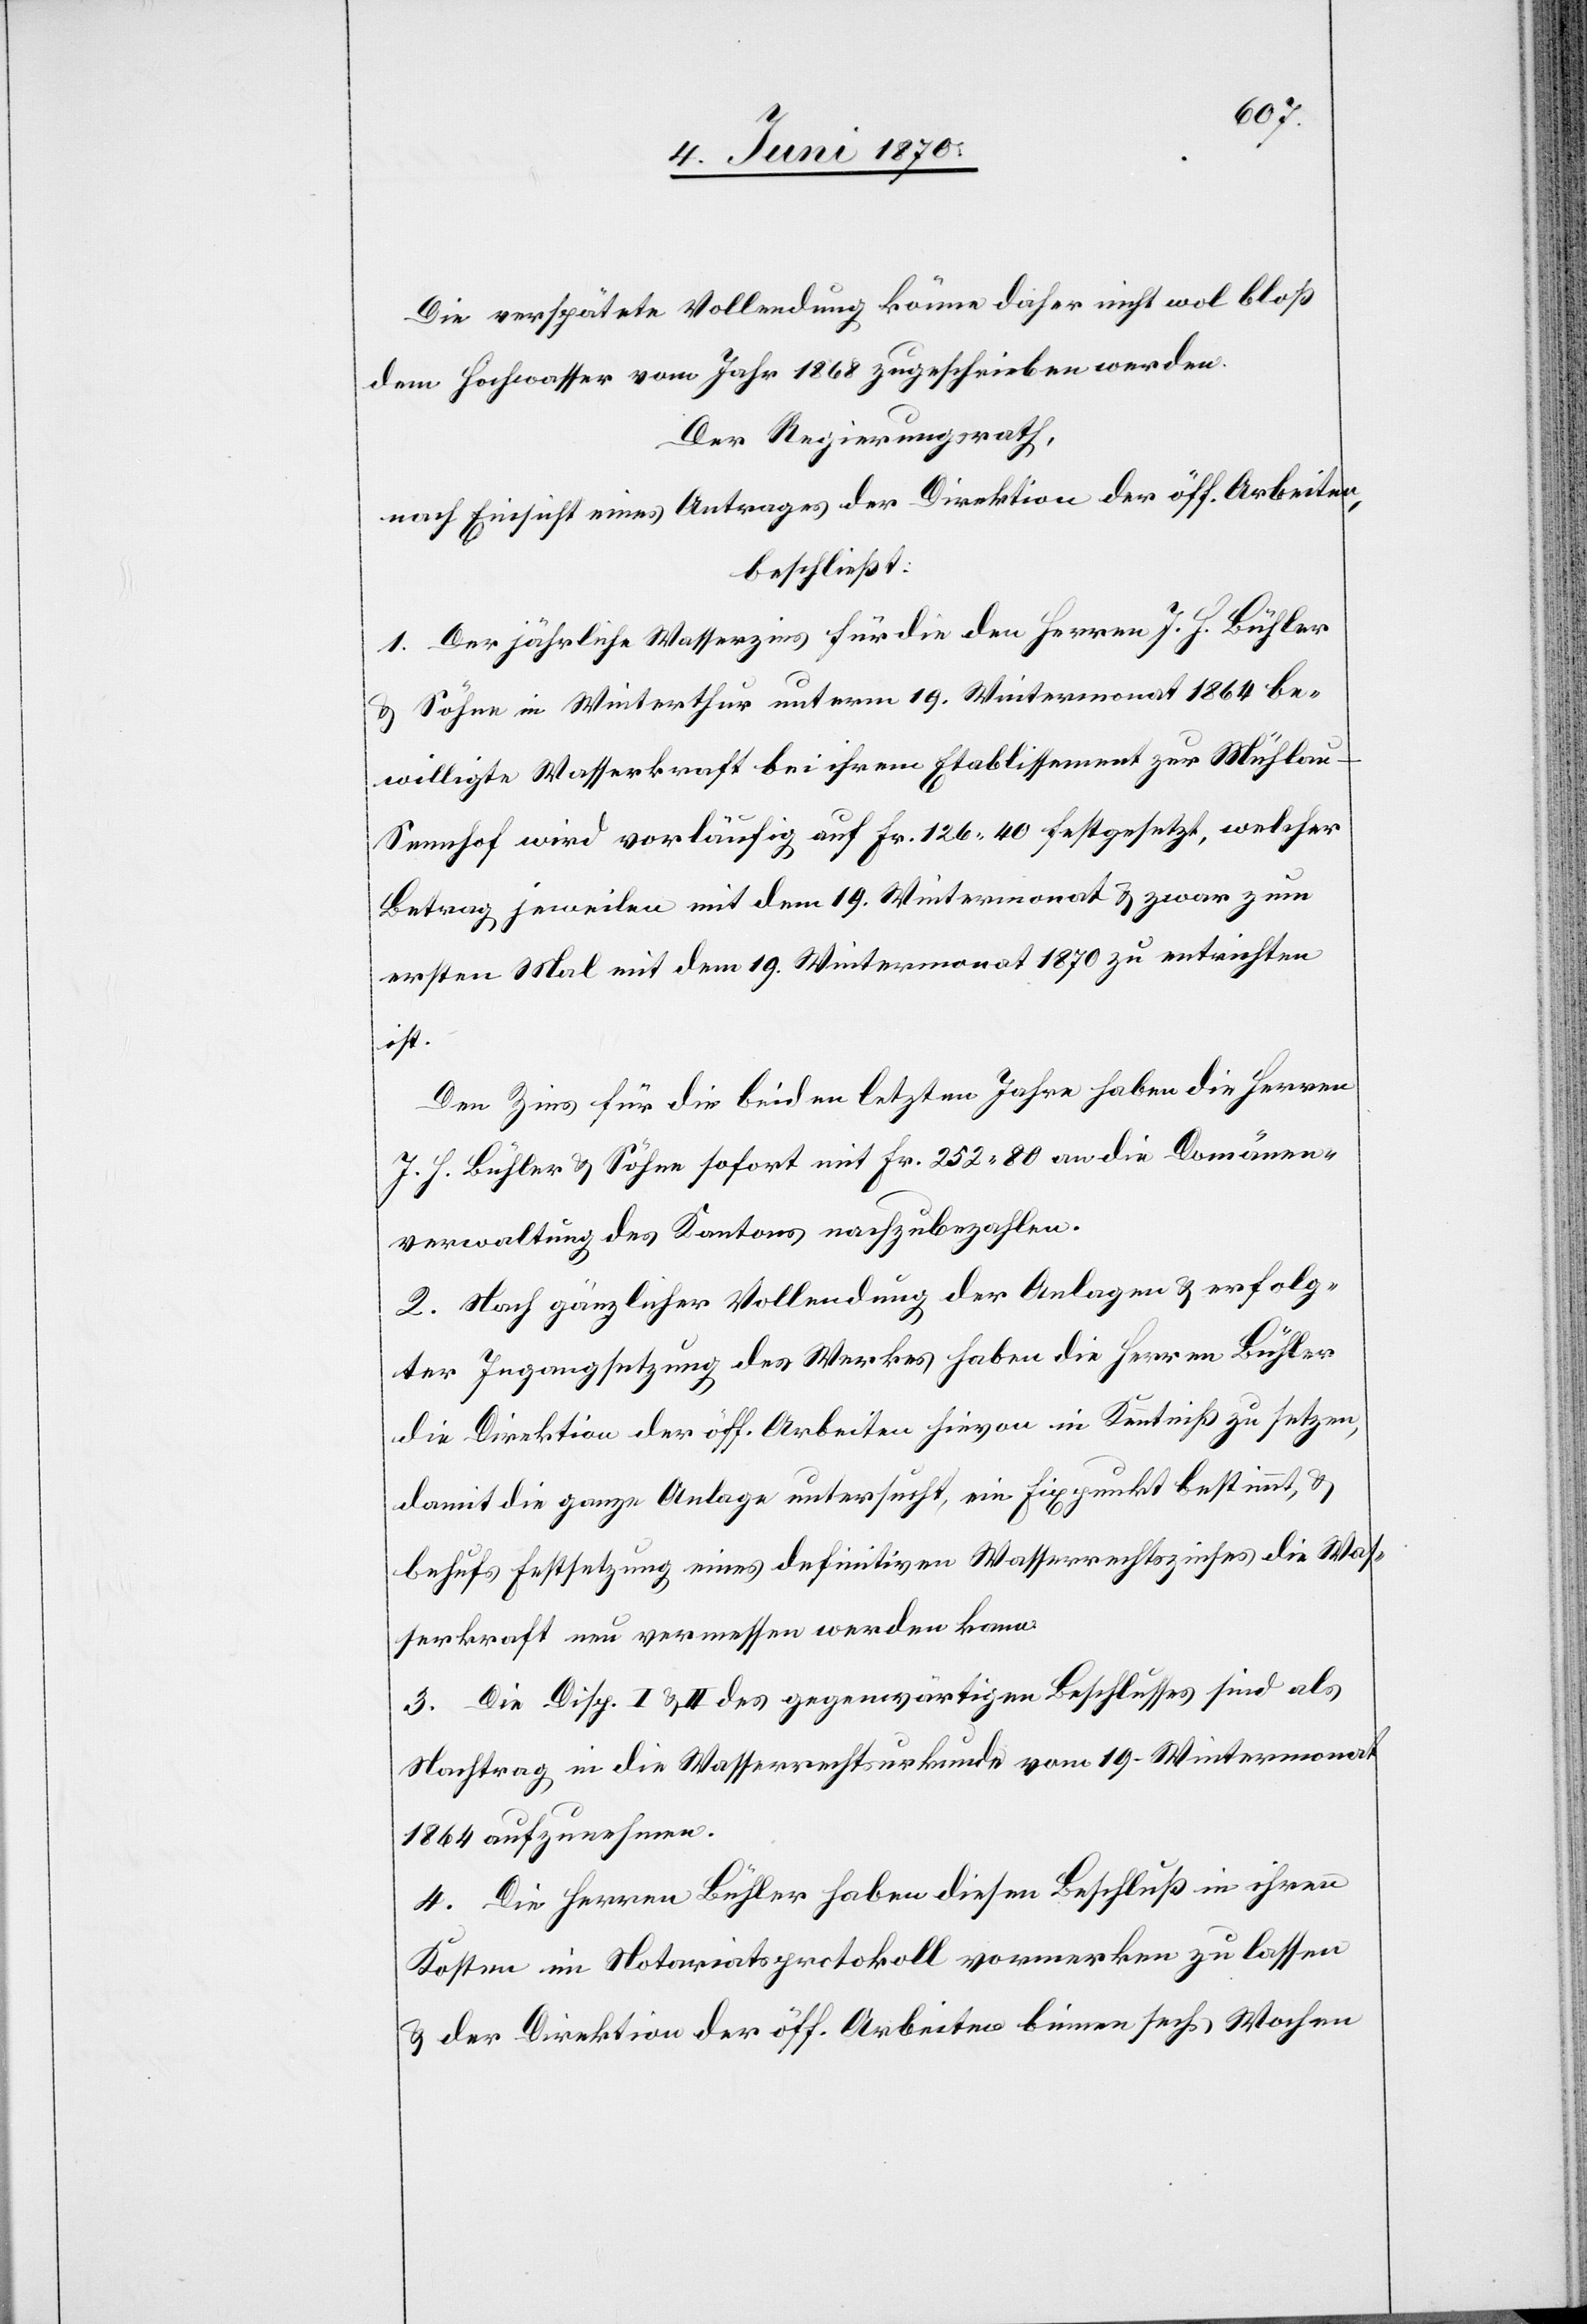
Die verspätete Vollendung könne daher nicht wol bloß
dem Hochwasser vom Jahr 1868 zugeschrieben werden.
Der Regierungsrath,
nach Einsicht eines Antrages der Direktion der öff. Arbeiten,
beschließt:
1. Der jährliche Wasserzins für die den Herren J. H. Bühler
Söhne in Winterthur unterm 19. Wintermonat 1864 be¬
willigte Wasserkraft bei ihrem Etablissement zur Mühlau
Sennhof wird vorläufig auf Fr. 126.40 festgesetzt, welcher
Betrag jeweilen mit dem 19. Wintermonat & zwar zum
ersten Mal mit dem 19. Wintermonat 1870 zu entrichten
ist.
Den Zins für die beiden letzten Jahre haben die Herren
J. H. Bühler & Söhne sofort mit Fr. 252.80 an die Domänen¬
verwaltung des Kantons nachzubezahlen.
2. Nach gänzlicher Vollendung der Anlagen & erfolg¬
ter Ingangsetzung des Werkes haben die Herren Bühler
die Direktion der öff. Arbeiten hievon in Kenntniß zu setzen,
damit die ganze Anlage untersucht, ein Fixpunkt bestimmt, &
behufs Festsetzung eines definitiven Wasserrechtszinses die Was¬
serkraft neu vermessen werden kann.
3. Die Disp. I. & II des gegenwärtigen Beschlusses sind als
Nachtrag in die Wasserrechtsurkunde vom 19. Wintermonat
1864 aufzunehmen.
4. Die Herren Bühler haben diesen Beschluß in ihren
Kosten im Notariatsprotokoll vormerken zu lassen
& der Direktion der öff. Arbeiten binnen sechs Wochen